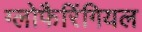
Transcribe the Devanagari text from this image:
ग्लोफैरिंगियल